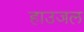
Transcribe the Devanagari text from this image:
हाउजल